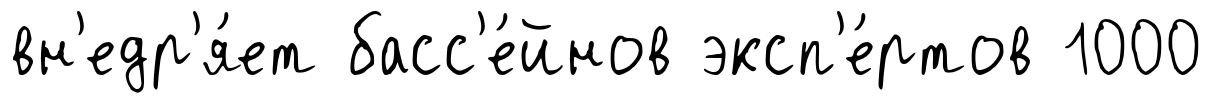
вн'едр'я́ет басс'е́йнов эксп'е́ртов 1000